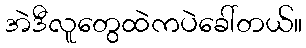
အဲဒီလူတွေထဲကပဲခေါ်တယ်။